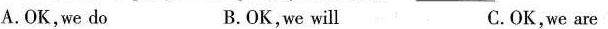
A.OK,we do B. OK,we will C.OK,we are